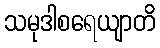
သမုဒါစရေယျာတိ